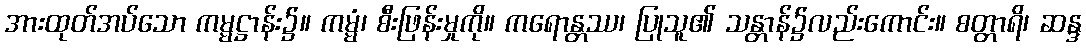
အားထုတ်အပ်သော ကမ္မဋ္ဌာန်း၌။ ကမ္မံ၊ စီးဖြန်းမှုကို။ ကရောန္တဿ၊ ပြုသူ၏ သန္တာန်၌လည်းကောင်း။ စတ္တာရိ၊ ဆန္ဒ